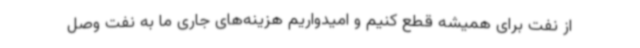
از نفت برای همیشه قطع کنیم و امیدواریم هزینه‌های جاری ما به نفت وصل